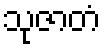
သုဇာတံ